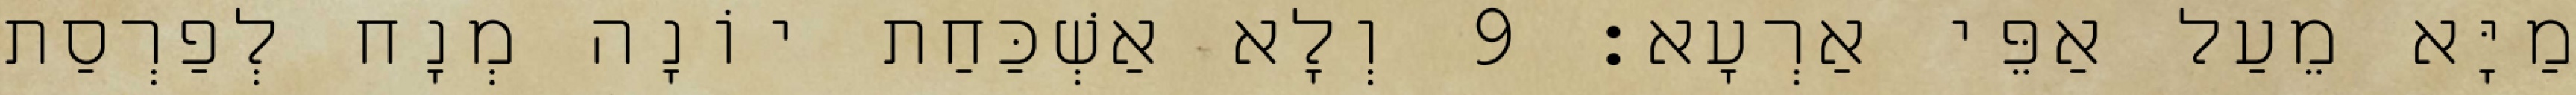
מַיָּא מֵעַל אַפֵּי אַרְעָא׃ 9 וְלָא אַשְׁכַּחַת יוֹנָה מְנָח לְפַרְסַת